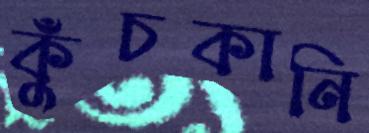
কুঁচকানি